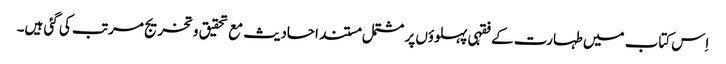
اِس کتاب میں طہارت کے فقہی پہلوؤں پر مشتمل مستند احادیث مع تحقیق و تخریج مرتب کی گئی ہیں۔